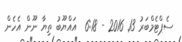
ސެޕްޓެމްބަރު 13